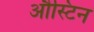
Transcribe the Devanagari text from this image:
औस्टिन